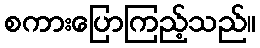
စကားပြောကြည့်သည်။